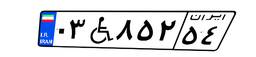
۰۳W۸۵۲۵۴